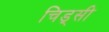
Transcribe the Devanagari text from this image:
चिड्सी